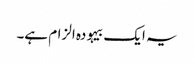
یہ ایک بیہودہ الزام ہے۔